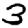
Digit: 3